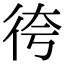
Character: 𢓢